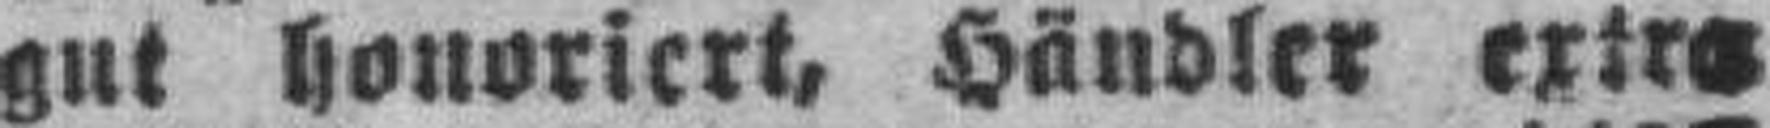
gut honoriert, Händler extra